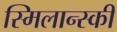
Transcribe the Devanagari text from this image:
स्मिलान्स्की